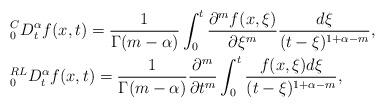
LaTeX: \begin{align*}&{^C_0}D^\alpha_tf(x,t)=\frac{1}{\Gamma(m-\alpha)}\int^t_0\frac{\partial^m f(x,\xi)}{\partial \xi^m}\frac{d\xi}{(t-\xi)^{1+\alpha-m}}, \\&{^{RL}_0}D^\alpha_tf(x,t)=\frac{1}{\Gamma(m-\alpha)}\frac{\partial^m}{\partial t^m}\int^t_0\frac{f(x,\xi)d\xi}{(t-\xi)^{1+\alpha-m}}, \end{align*}